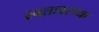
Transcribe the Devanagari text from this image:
स्वतःवरच्या